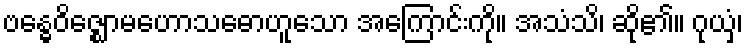
ဗန္ဓေဝိဇ္ဈောမဟောသဓောဟူသော အကြောင်းကို။ အသံသိ၊ ဆို၏။ ဂုယှံ၊